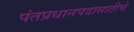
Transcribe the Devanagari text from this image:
पंतप्रधानपदासाठीचे